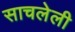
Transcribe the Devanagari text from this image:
साचलेली